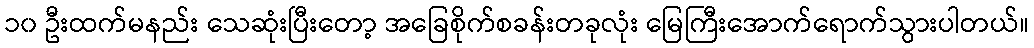
၁၀ ဦးထက်မနည်း သေဆုံးပြီးတော့ အခြေစိုက်စခန်းတခုလုံး မြေကြီးအောက်ရောက်သွားပါတယ်။